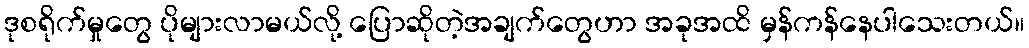
ဒုစရိုက်မှုတွေ ပိုများလာမယ်လို့ ပြောဆိုတဲ့အချက်တွေဟာ အခုအထိ မှန်ကန်နေပါသေးတယ်။